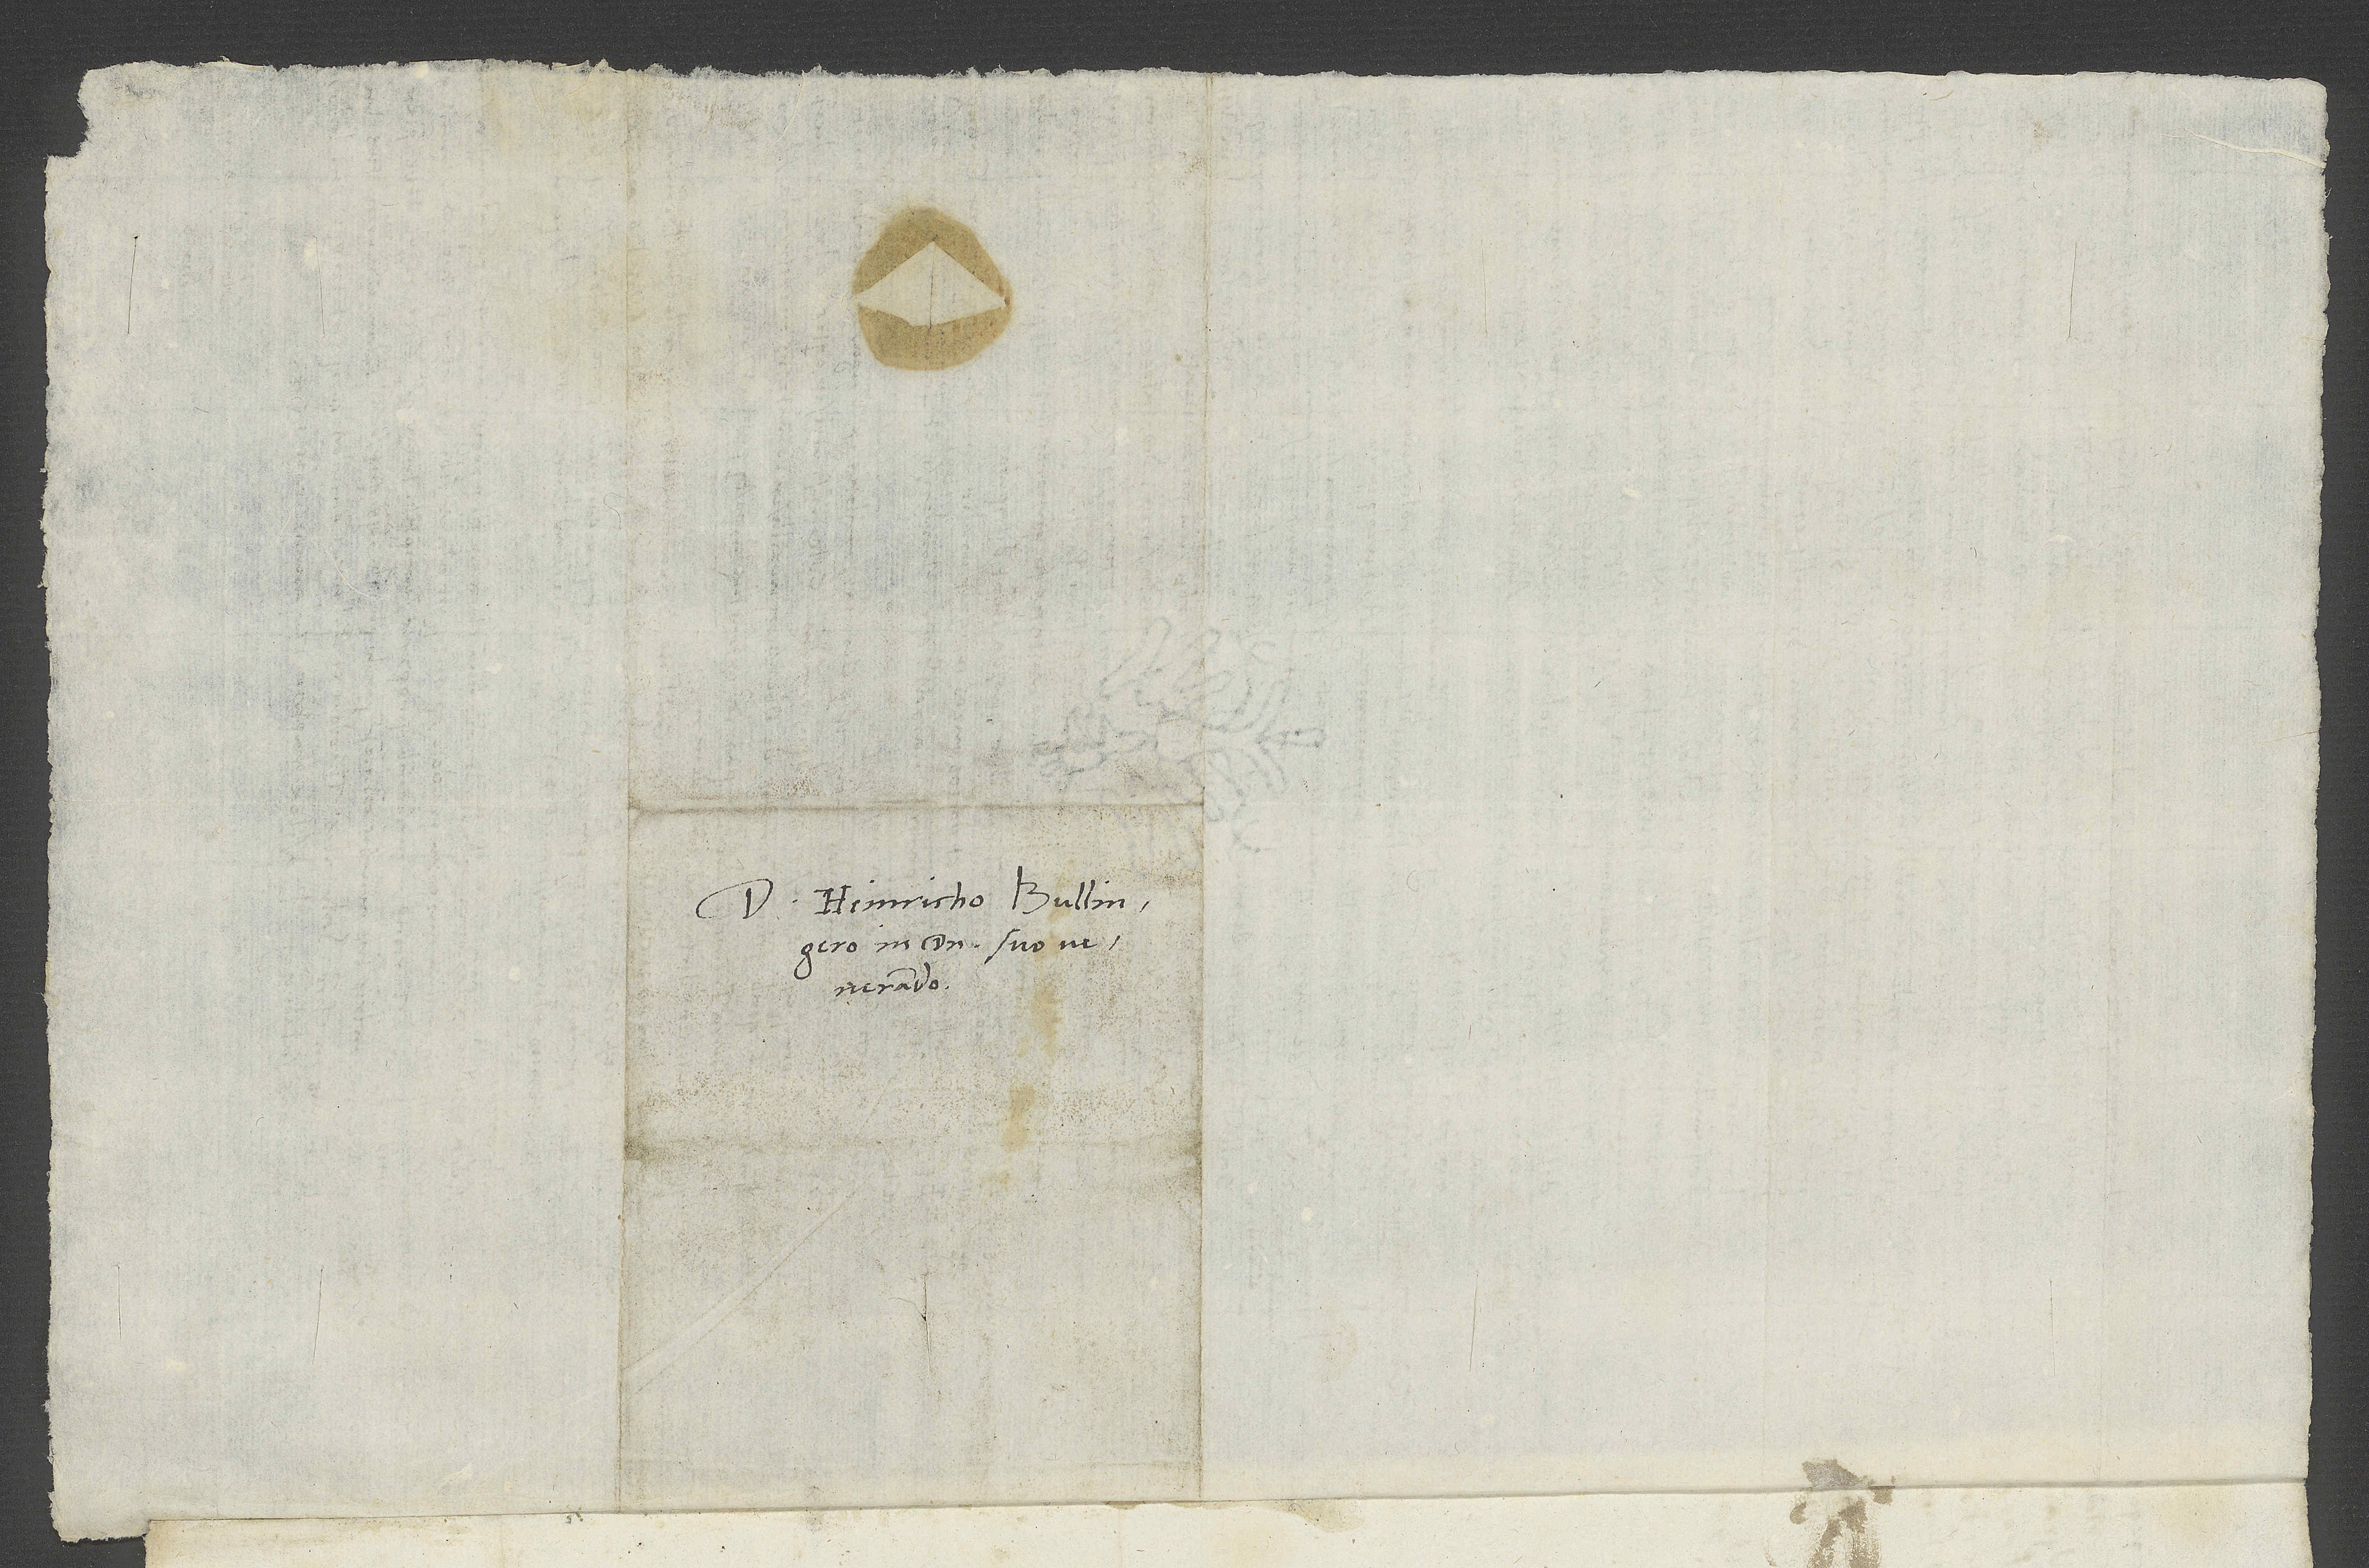
D. Heinricho Bullingero,
in domino suo
venerando.